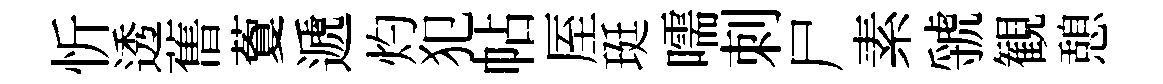
忻透𦾔藑遞灼犯帖厔珽嚅刺尸素虢観憩